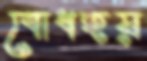
বোধহয়